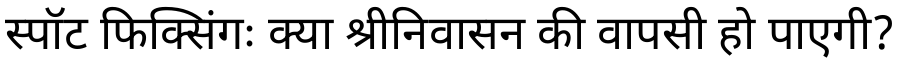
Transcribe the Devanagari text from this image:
स्पॉट फिक्सिंगः क्या श्रीनिवासन की वापसी हो पाएगी?